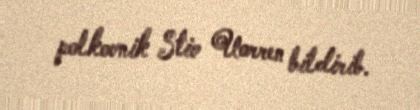
polkovnik Stiv Uorren bildirib.